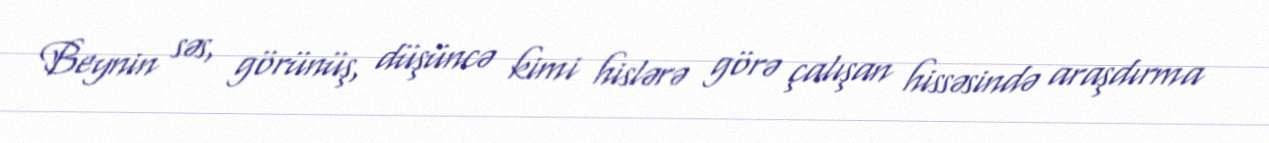
Beynin səs, görünüş, düşüncə kimi hislərə görə çalışan hissəsində araşdırma